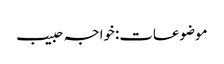
موضوعات:خواجہ حبیب